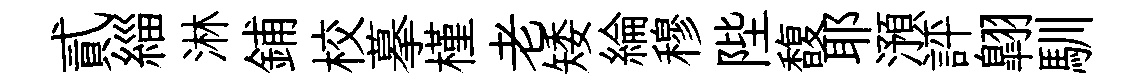
貳緇淋鋪校摹槿老矮綸穆陛馥耶澦評翺馴